Eesti_Rahvusfond, lk 57
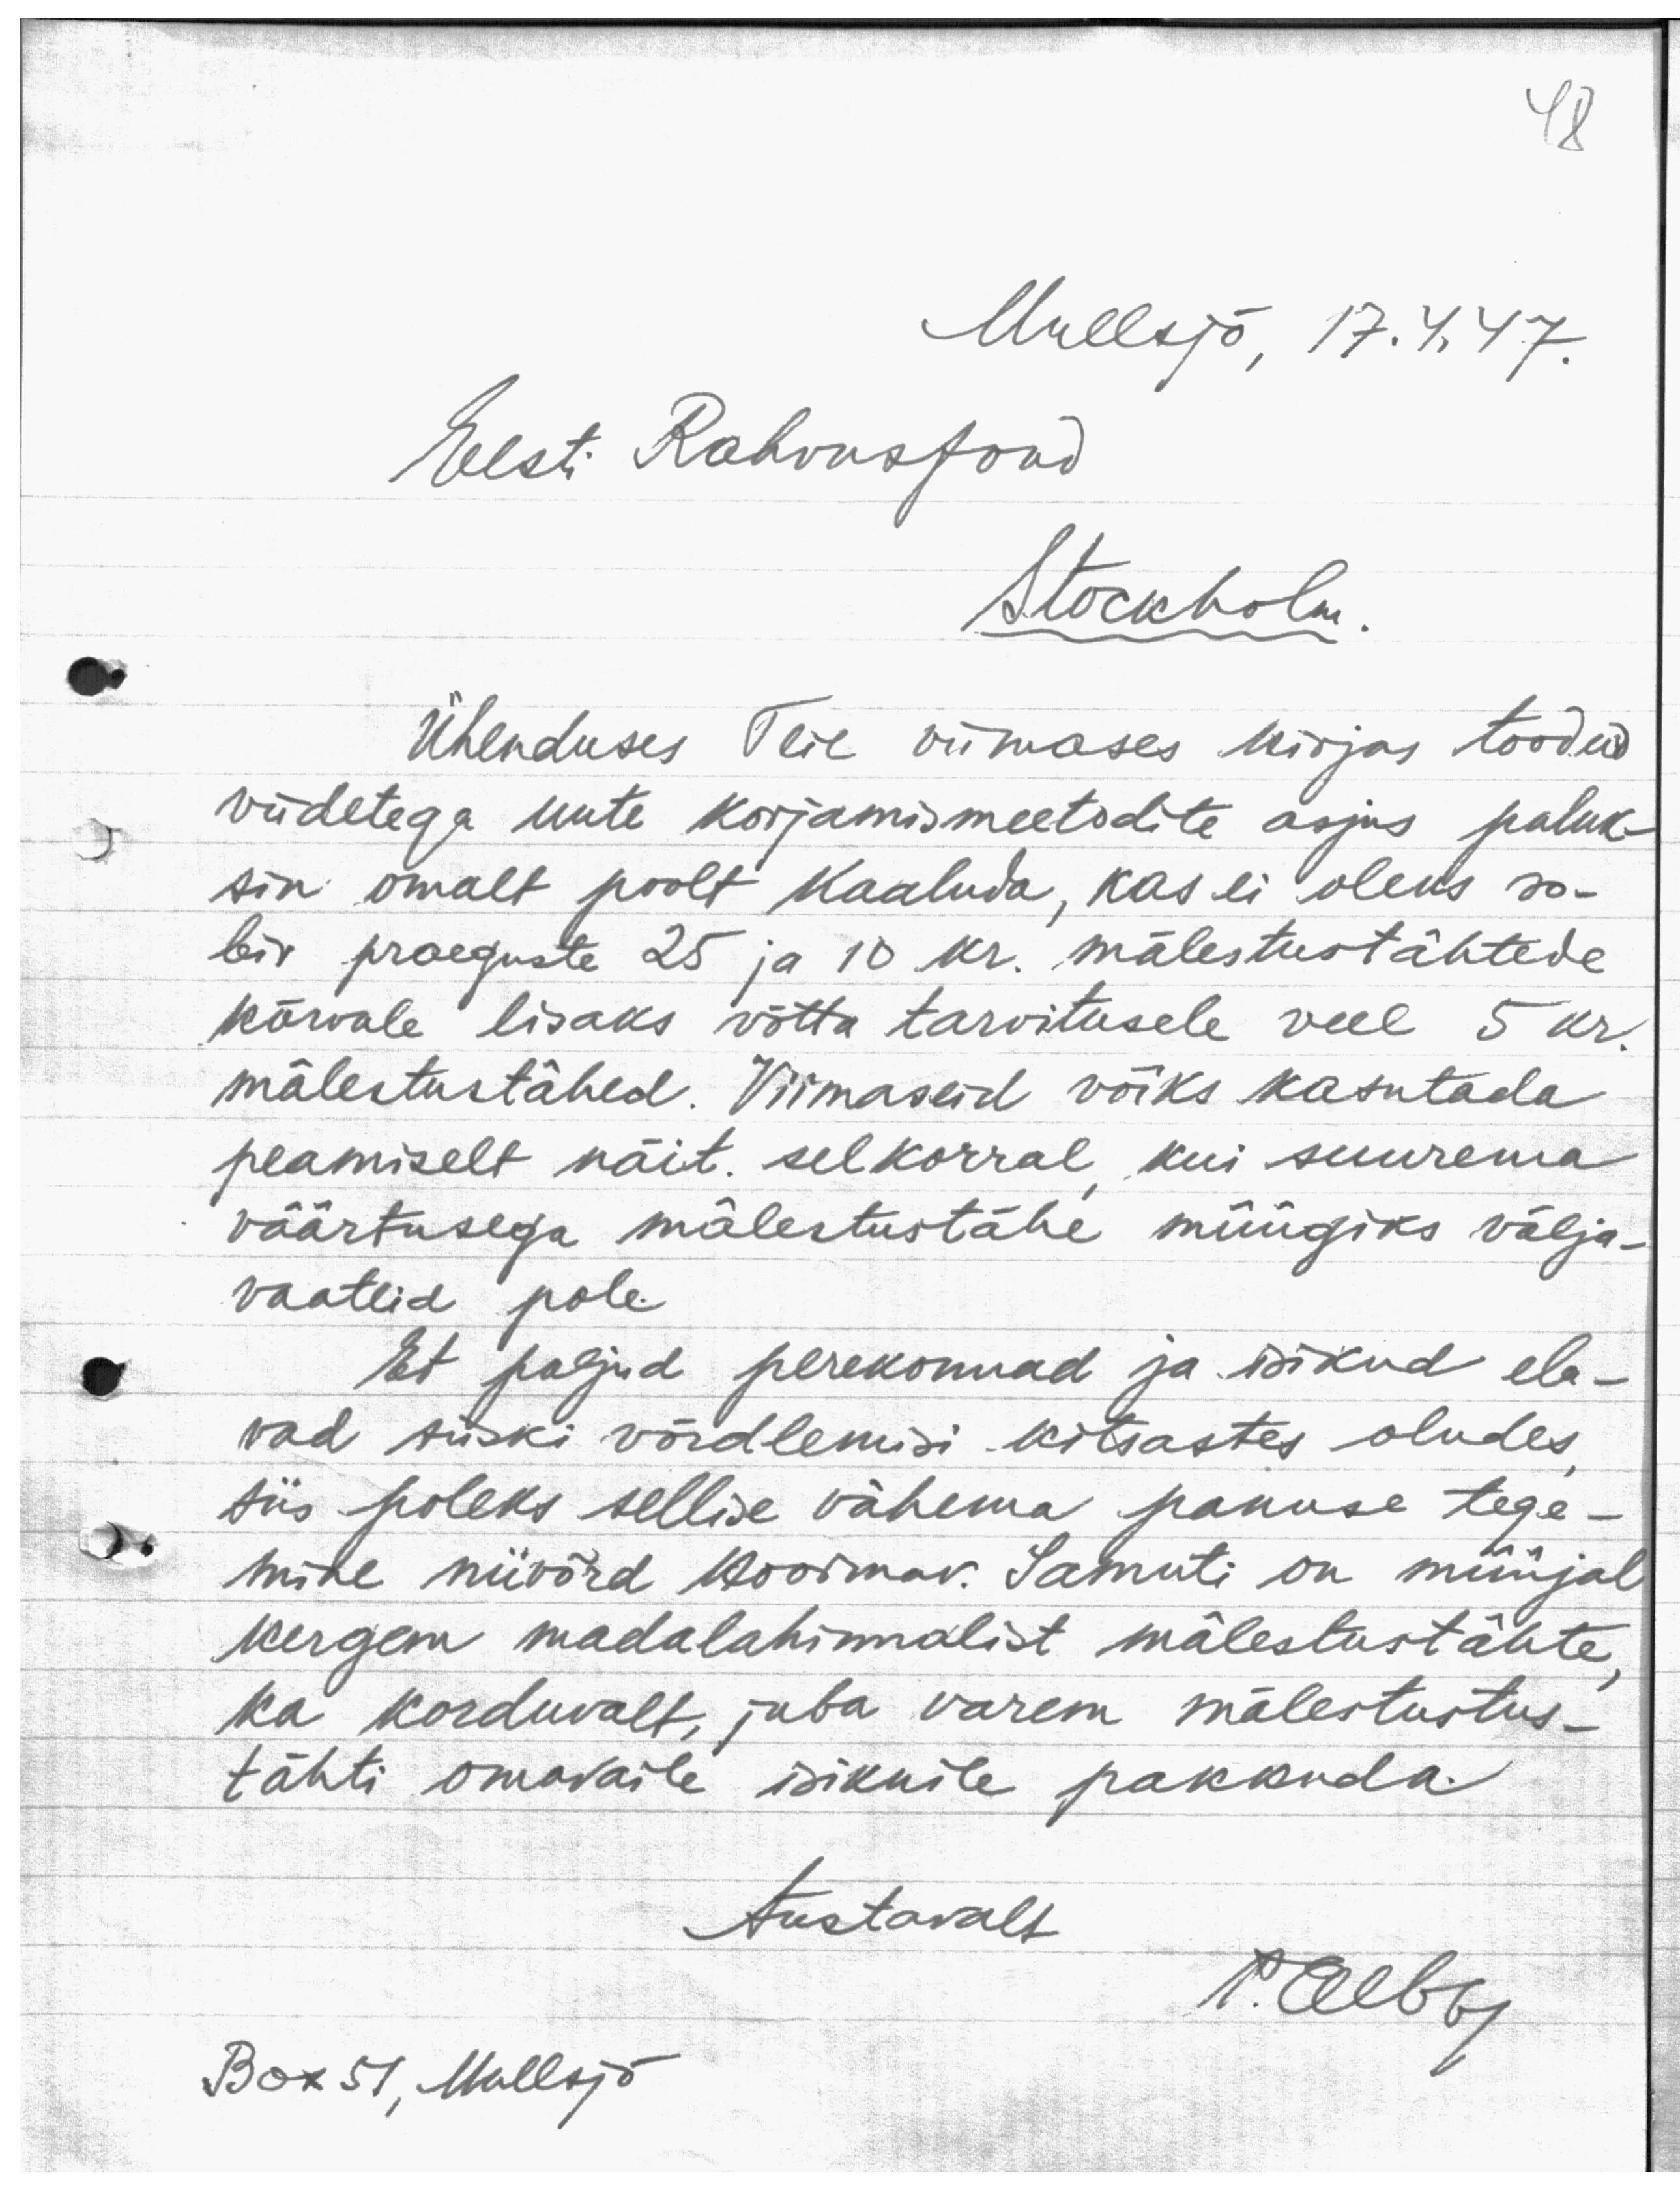
48

Mullsjö, 17.4.47.
Eesti Rahvusfond
Stockholm.
Ühenduses Teie viimases kirjas toodud
viidetega uute korjamismeetodite asjus paluk-
sin omalt poolt kaaluda, kas ei oleks so-
biv praeguste 25 ja 10 kr. mälestustähtede
kõrvale lisaks võtta tarvitusele veel 5 kr.
mälestustähed. Viimaseid võiks kasutada
peamiselt näit. selkorral kui suurema
väärtusega mälestustähe müügiks välja-
vaateid pole.
Et paljud perekonnad ja isikud ela-
vad siiski võrdlemisi kitsastes oludes,
siis poleks sellise vähema panuse tege-
mine niivõrd koormav. Samuti on müüjal
kergem madalahinnalist mälestustähte,
ka korduvalt, juba varem mälestustus-
tähti omavaile isikuile pakkuda.
Austavalt
Р. Elber
Box 51, Mullsjö